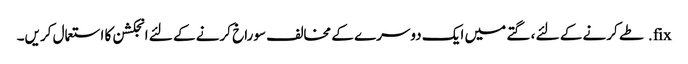
fix. طے کرنے کے لئے ، گتے میں ایک دوسرے کے مخالف سوراخ کرنے کے لئے انجکشن کا استعمال کریں۔